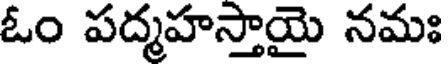
ఓం పద్మహస్తాయై నమః